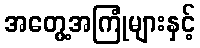
အတွေ့အကြုံများနှင့်